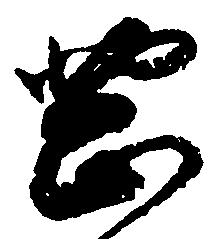
岡